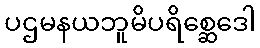
ပဌမနယဘူမိပရိစ္ဆေဒေါ